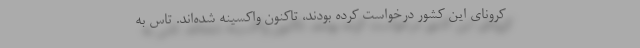
کرونای این کشور درخواست کرده بودند، تاکنون واکسینه شده‌اند. تاس به